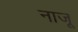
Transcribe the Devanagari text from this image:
नाजू